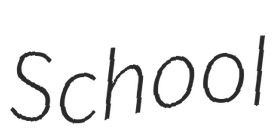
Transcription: School